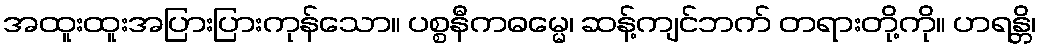
အထူးထူးအပြားပြားကုန်သော။ ပစ္စနီကဓမ္မေ၊ ဆန့်ကျင်ဘက် တရားတို့ကို။ ဟရန္တိ၊